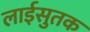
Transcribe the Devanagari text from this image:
लाईसुतक